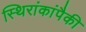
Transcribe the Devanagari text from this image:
स्थिरांकांपैकी